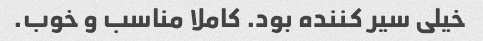
خیلی سیر کننده بود. کاملا مناسب و خوب.